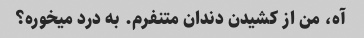
آه، من از کشیدن دندان متنفرم. به درد میخوره؟